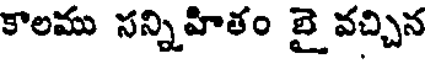
కాలము సన్నిహితం బై వచ్చిన